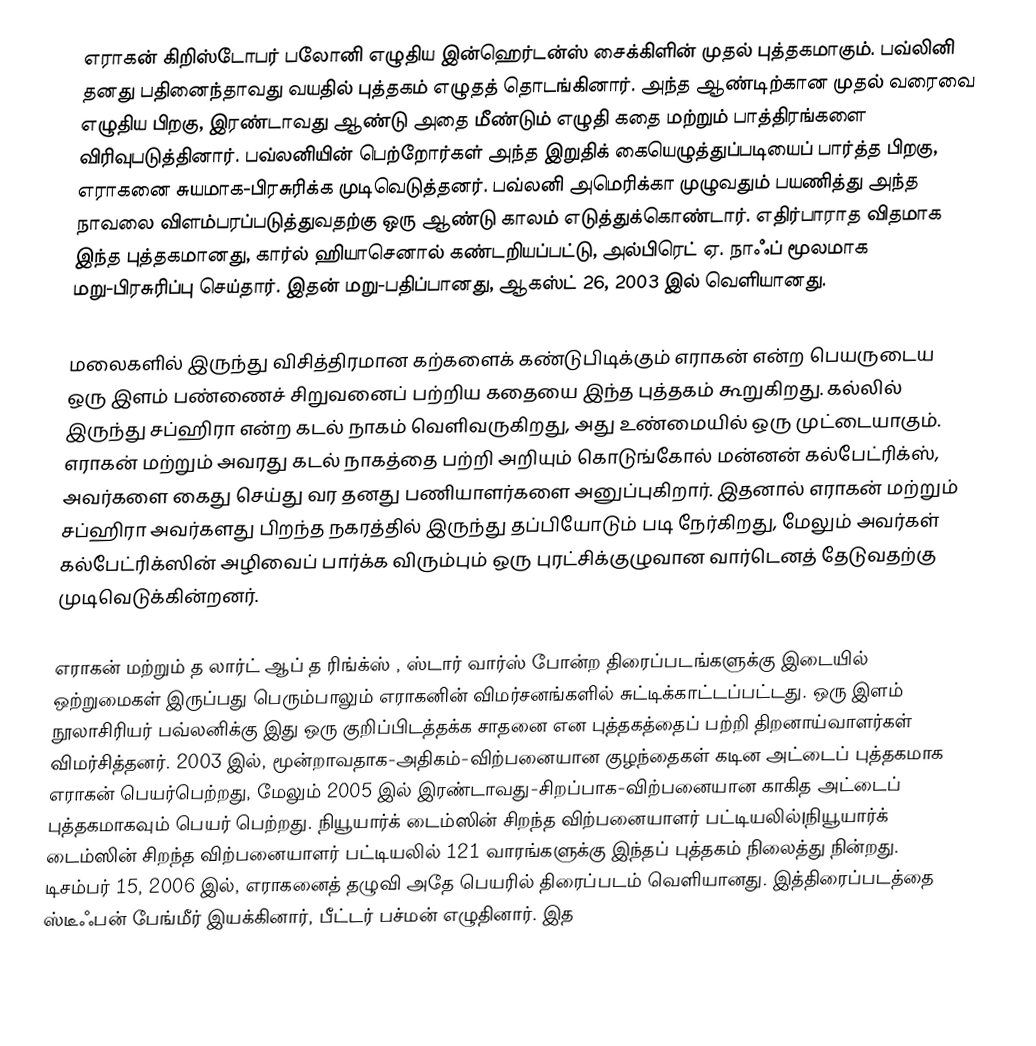
எராகன்   கிறிஸ்டோபர் பலோனி எழுதிய இன்ஹெர்டன்ஸ் சைக்கிளின்  முதல் புத்தகமாகும். பவ்லினி தனது பதினைந்தாவது வயதில் புத்தகம் எழுதத் தொடங்கினார். அந்த ஆண்டிற்கான முதல் வரைவை எழுதிய பிறகு, இரண்டாவது ஆண்டு அதை மீண்டும் எழுதி கதை மற்றும் பாத்திரங்களை விரிவுபடுத்தினார். பவ்லனியின் பெற்றோர்கள் அந்த இறுதிக் கையெழுத்துப்படியைப் பார்த்த பிறகு, எராகனை  சுயமாக-பிரசுரிக்க முடிவெடுத்தனர். பவ்லனி அமெரிக்கா முழுவதும் பயணித்து அந்த நாவலை விளம்பரப்படுத்துவதற்கு ஒரு ஆண்டு காலம் எடுத்துக்கொண்டார். எதிர்பாராத விதமாக இந்த புத்தகமானது, கார்ல் ஹியாசெனால் கண்டறியப்பட்டு, அல்பிரெட் ஏ. நாஃப் மூலமாக மறு-பிரசுரிப்பு செய்தார். இதன் மறு-பதிப்பானது, ஆகஸ்ட் 26, 2003 இல் வெளியானது.

மலைகளில் இருந்து விசித்திரமான கற்களைக் கண்டுபிடிக்கும் எராகன் என்ற பெயருடைய ஒரு இளம் பண்ணைச் சிறுவனைப் பற்றிய கதையை இந்த புத்தகம் கூறுகிறது. கல்லில் இருந்து சப்ஹிரா என்ற கடல் நாகம் வெளிவருகிறது, அது உண்மையில் ஒரு முட்டையாகும். எராகன் மற்றும் அவரது கடல் நாகத்தை பற்றி அறியும் கொடுங்கோல் மன்னன் கல்பேட்ரிக்ஸ், அவர்களை கைது செய்து வர தனது பணியாளர்களை அனுப்புகிறார். இதனால் எராகன் மற்றும் சப்ஹிரா அவர்களது பிறந்த நகரத்தில் இருந்து தப்பியோடும் படி நேர்கிறது, மேலும் அவர்கள் கல்பேட்ரிக்ஸின் அழிவைப் பார்க்க விரும்பும் ஒரு புரட்சிக்குழுவான வார்டெனத் தேடுவதற்கு முடிவெடுக்கின்றனர்.

எராகன்  மற்றும் த லார்ட் ஆப் த ரிங்க்ஸ் , ஸ்டார் வார்ஸ்  போன்ற திரைப்படங்களுக்கு இடையில் ஒற்றுமைகள் இருப்பது பெரும்பாலும் எராகனின்  விமர்சனங்களில் சுட்டிக்காட்டப்பட்டது. ஒரு இளம் நூலாசிரியர் பவ்லனிக்கு இது ஒரு குறிப்பிடத்தக்க சாதனை என புத்தகத்தைப் பற்றி திறனாய்வாளர்கள் விமர்சித்தனர். 2003 இல், மூன்றாவதாக-அதிகம்-விற்பனையான குழந்தைகள் கடின அட்டைப் புத்தகமாக எராகன்  பெயர்பெற்றது, மேலும் 2005 இல் இரண்டாவது-சிறப்பாக-விற்பனையான காகித அட்டைப் புத்தகமாகவும் பெயர் பெற்றது. நியூயார்க் டைம்ஸின் சிறந்த விற்பனையாளர் பட்டியலில்|நியூயார்க் டைம்ஸின்  சிறந்த விற்பனையாளர் பட்டியலில் 121 வாரங்களுக்கு இந்தப் புத்தகம் நிலைத்து நின்றது. டிசம்பர் 15, 2006 இல், எராகனைத்  தழுவி அதே பெயரில் திரைப்படம் வெளியானது. இத்திரைப்படத்தை ஸ்டீஃபன் பேங்மீர் இயக்கினார், பீட்டர் பச்மன் எழுதினார். இத